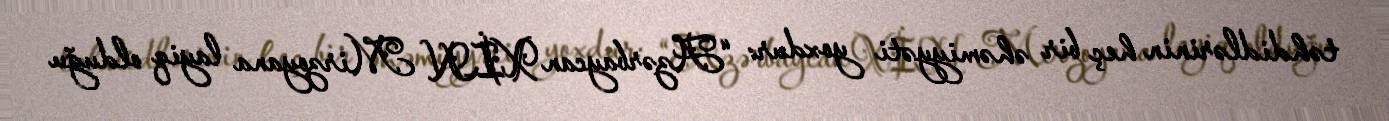
təhdidlərinin heç bir əhəmiyyəti yoxdur: “Azərbaycan XİN Mirzoyana layiq olduğu